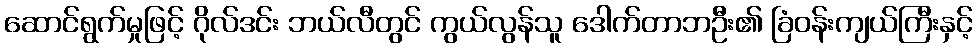
ဆောင်ရွက်မှုဖြင့် ဂိုလ်ဒင်း ဘယ်လီတွင် ကွယ်လွန်သူ ဒေါက်တာဘဦး၏ ခြံဝန်းကျယ်ကြီးနှင့်